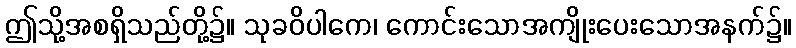
ဤသို့အစရှိသည်တို့၌။ သုခဝိပါကေ၊ ကောင်းသောအကျိုးပေးသောအနက်၌။